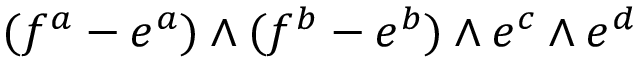
( f ^ { a } - e ^ { a } ) \wedge ( f ^ { b } - e ^ { b } ) \wedge e ^ { c } \wedge e ^ { d }